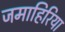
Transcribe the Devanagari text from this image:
जमाहिरिया